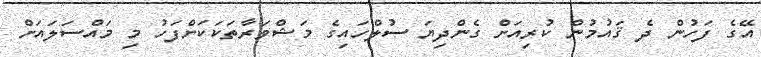
އޭގެ ފަހުން ދެ ޤައުމުން ކުރިއަށް ގެންދިޔަ ސުލްހައިގެ މަޝްވަރާތަކަކަށްފަހު މި މައްސަލައަށް